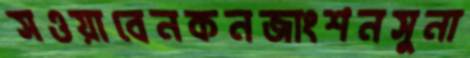
সওয়াবেনকনজাংশনসুনা